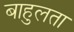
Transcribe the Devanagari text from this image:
बाहुलता